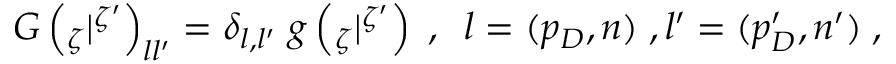
G \left( { } _ { \zeta } | { } ^ { \zeta ^ { \prime } } \right) _ { l l ^ { \prime } } = \delta _ { l , l ^ { \prime } } \; g \left( { } _ { \zeta } | { } ^ { \zeta ^ { \prime } } \right) \; , \; \; l = ( p _ { D } , n ) \; , l ^ { \prime } = ( p _ { D } ^ { \prime } , n ^ { \prime } ) \; ,